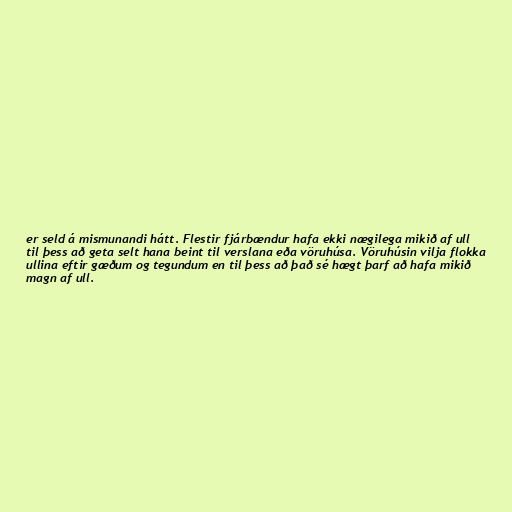
er seld á mismunandi hátt. Flestir fjárbændur hafa ekki nægilega mikið af ull
til þess að geta selt hana beint til verslana eða vöruhúsa. Vöruhúsin vilja flokka
ullina eftir gæðum og tegundum en til þess að það sé hægt þarf að hafa mikið
magn af ull.